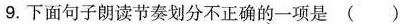
9.下面句子朗读节奏划分不正确的一项是()